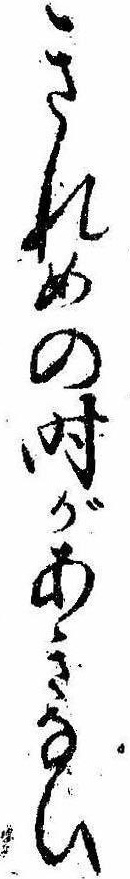
きれめの時があきなひ